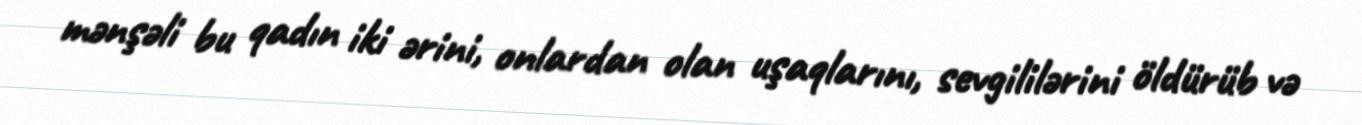
mənşəli bu qadın iki ərini, onlardan olan uşaqlarını, sevgililərini öldürüb və